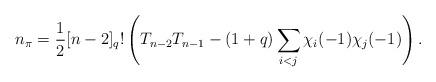
LaTeX: \begin{align*}n_{\pi}&=\frac{1}{2}[n-2]_q!\left(T_{n-2}T_{n-1}-(1+q)\sum_{i<j}\chi_i(-1)\chi_j(-1) \right).\end{align*}